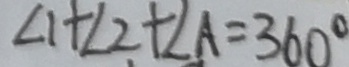
\angle 1 + \angle 2 + \angle A = 3 6 0 ^ { \circ }